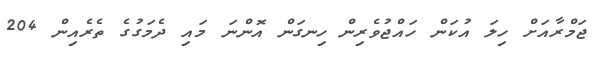
ޖަމްރާއަށް ހިލަ އުކަން ހައްޖުވެރިން ހިނގަން އޮންނަ މައި ދެމަގުގެ ތެރެއިން 204